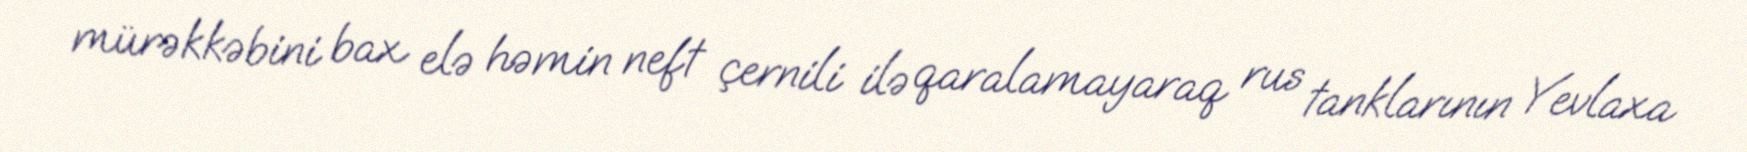
mürəkkəbini bax elə həmin neft çernili ilə qaralamayaraq rus tanklarının Yevlaxa